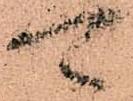
可